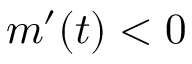
m ^ { \prime } ( t ) < 0